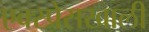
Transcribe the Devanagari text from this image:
एक्स्प्रेसखाली